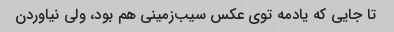
تا جایی که یادمه توی عکس سیب‌زمینی هم بود، ولی نیاوردن